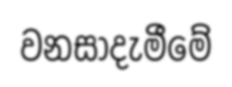
වනසාදැමීමේ